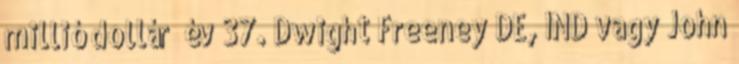
millió dollár év 37. Dwight Freeney DE, IND vagy John